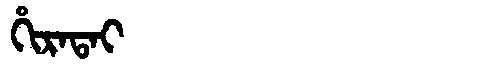
Manchu: ᡥᡳᡵᠠᡨᠠᡳ
Romanization: HIRATAI